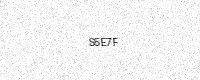
Text: S5E7F